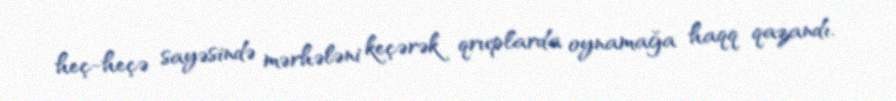
heç-heçə sayəsində mərhələni keçərək qruplarda oynamağa haqq qazandı.